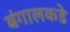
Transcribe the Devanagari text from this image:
बंगालकडे